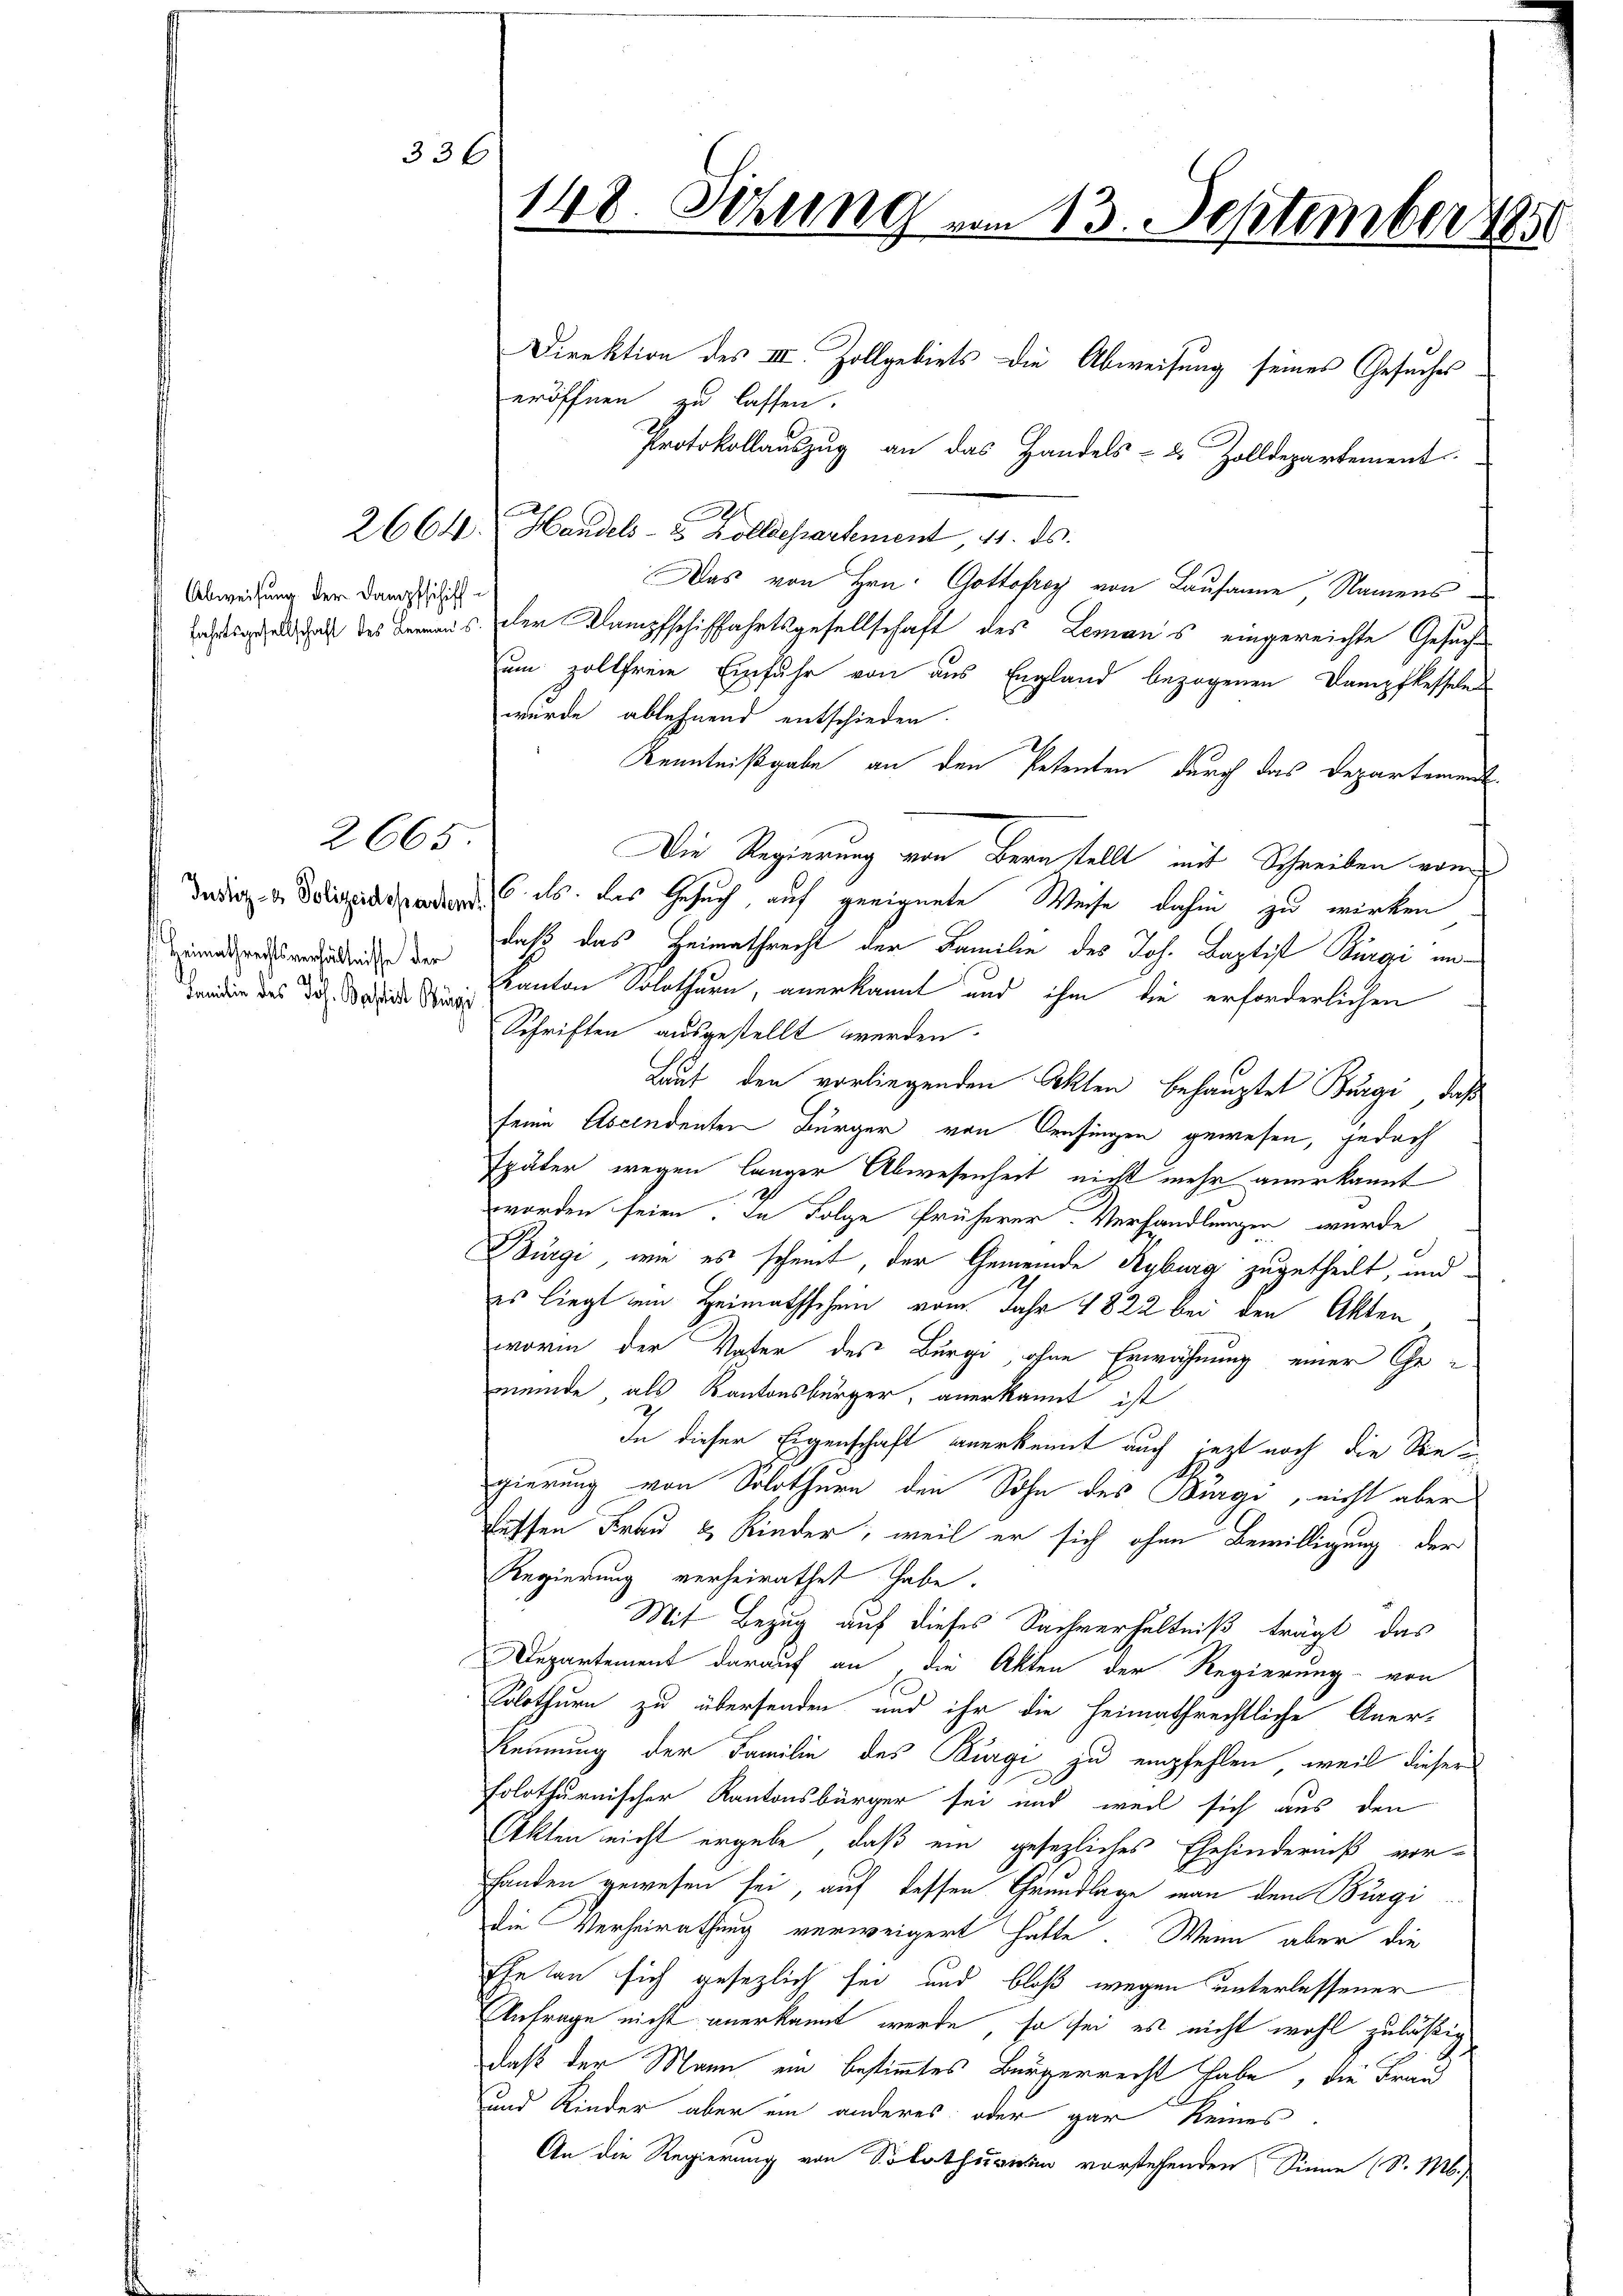
336

Abweisung der Dampfschiff

2665

Justiz- & Polizeidepartem
s. Heimathrechtsverhältnisse der
 Familien des Joh. Basis Bürgi

148. Sitzung vom 13. September 1850

Direktion des III. Zollgebiets die Abweisung seines Gesuches
eröffnen zu lassen.
Protokollauszug an das Handels- & Zolldepartement.
2664. Handels- u. Zolldepartement, 11. ds.
Das von Hrn. Gottofrey von Lausanne Namens
asigel hat des deraus der Kampfschiffahrtsgesellschaft des Lemans eingereichte Gesuche
um zollfreie Einfuhr von aus England bezogenen Dampfkesseln
wurde ablehnend entschieden.
Kenntnißgabe an den Petenten durch das Departement¬
Die Regierung von Bern stellt mit Schreiben vom
6. ds. das Gesuch, auf geeignete Weise dahin zu wirken
daß das Heimathrecht der Familie des Joh. Baptist Bürgi un¬
Kanton Solothurn, anerkannt und ihm die erforderlichen
Schriften ausgestellt werden.
Laut den vorliegenden Akten behauptet Burgi, daß
seine Ascendenten Bürger von Cresingen gewesen, jedoch
später wegen länger Abwesenheit nicht mehr anerkannt
worden seien. In Folge früherer. Verhandlungen wurde
Bürgi, wie es scheint, der Gemeinde Seyburg zugetheilt, und
es liegt ein Heimathschein vom Jahr 1822 bei den Akten
worin der Vater des Bürgi, ohne Erwähnung einer Ehe-
meinde, als Kantonsbürger, anerkannt ist
In dieser Eigenschaft anerkennt auch jetzt noch die Sie
gierung von Solothurn den Sohn des Burgi, nicht aber
teffen Frau & Kinder, weil er sich ohne Bewilligung der
Regierung verheirathet habe.
Mit Bezug auf dieses Sachverhältniß trägt, das
Departement darauf an die Akten der Regierung von
Solothurn zu übersenden und ihr die heimathrechtliche Aner¬
Reinung der Familie des Burgi zu empfehlen, weil dieser
folothurnischer Kantonsbürger sei und weil sich aus den
Akten nicht ergebe, daß ein gesezliches Ehehinderniß vor-
Handen gewesen sei, auf dessen Grundlage man dem Burgi
die Verheirathung verweigert hatte. Wenn aber die
Ehetan sich gesezlich sei und bloß wegen unterlassener
Anfrage nicht anerkannt werde, so sei es nicht wohl zuläßig
daß der Mann ein bestimmtes Bürgerrecht habe, die Frau
und Kinder aber ein anderes oder gar keines
An die Regierung von Solothurn vorstehenden Sinne (S. M.)